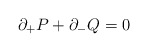
\begin{align*}\partial_{+}P+\partial_{-}Q=0\end{align*}